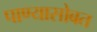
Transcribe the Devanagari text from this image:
पाण्‍यासोबत